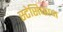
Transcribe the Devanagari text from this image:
स्टेसिफान